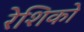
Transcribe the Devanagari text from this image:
रेशिको